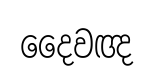
දෛවඥ